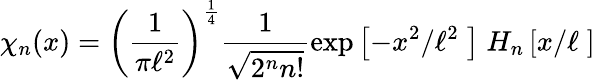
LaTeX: \chi_{n}(x)=\left(\frac{1}{\pi\ell^{2}}\right)^{\frac{1}{4}}\frac{1}{\sqrt{2^{n}n!}}\exp\left[-x^{2}/\ell^{2}\; \right]\; H_{n}\left[x/\ell\; \right]